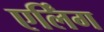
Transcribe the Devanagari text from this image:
एर्लिंग